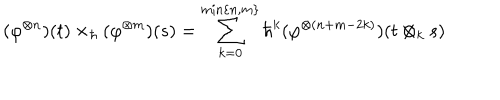
( \varphi ^ { \otimes n } ) ( t ) \times _ { \hbar } ( \varphi ^ { \otimes m } ) ( s ) = \sum _ { k = 0 } ^ { \mathrm { m i n } \{ n , m \} } \hbar ^ { k } ( \varphi ^ { \otimes ( n + m - 2 k ) } ) ( t \otimes _ { k } s )